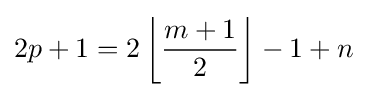
2p+1=2\left\lfloor {\frac {m+1}{2}}\right\rfloor -1+n